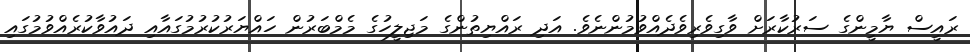
ރައީސް ޔާމީންގެ ސަރުކާރަށް ވާގިވެރިވެދެއްވުމުންނެވެ. އަދި ރައްޔިތުންގެ މަޖިލީހުގެ މެމްބަރުން ހައްޔަރުކުރުމުގައާއި ދައުވާކުރެއްވުމުގައި